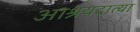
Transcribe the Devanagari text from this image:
आश्रयदात्या